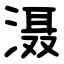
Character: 滠